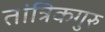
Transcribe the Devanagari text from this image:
तांत्रिकगुरु